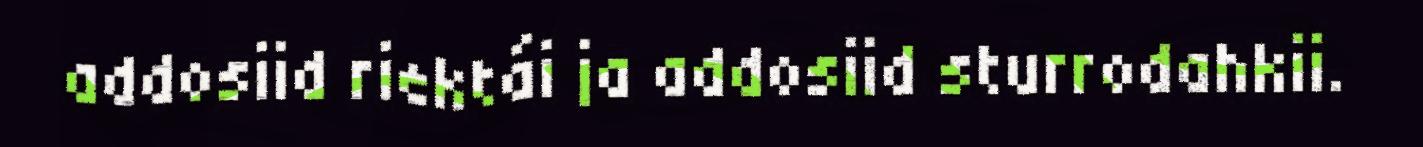
addosiid riektái ja addosiid sturrodahkii.